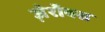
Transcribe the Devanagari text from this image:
ज़ेरॉक्स